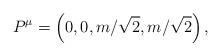
LaTeX: \begin{align*}P^{\mu} = \left(0, 0, m/\sqrt{2}, m/\sqrt{2}\right) ,\end{align*}